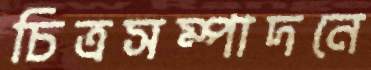
চিত্রসম্পাদনে